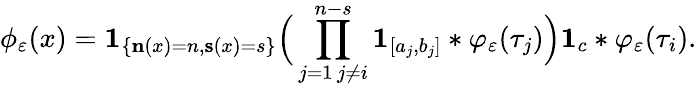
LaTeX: \phi_{\varepsilon}(x)=\mathbf{1}_{\left\{ \mathbf{n}(x)=n,\mathbf{s}(x)=s\right\} }\Big(\prod_{\substack{j=1\, j\neq i}}^{n-s}\mathbf{1}_{[a_{j},b_{j}]}*\varphi_{\varepsilon}(\tau_{j})\Big)\mathbf{1}_{{c}}*\varphi_{\varepsilon}(\tau_{i}).